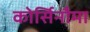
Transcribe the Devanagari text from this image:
कोर्सिनौमा